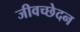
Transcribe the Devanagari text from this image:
जीवच्छेदन